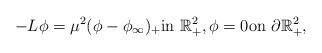
LaTeX: \begin{align*}-L\phi=\mu^{2}(\phi-\phi_{\infty} )_{+}\textrm{in}\ \mathbb{R}^{2}_{+},\phi=0\textrm{on}\ \partial\mathbb{R}^{2}_{+},\end{align*}